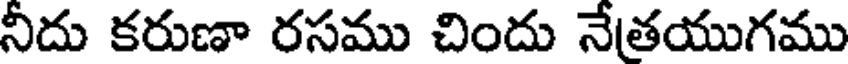
నీదు కరుణా రసము చిందు నేతయుగము